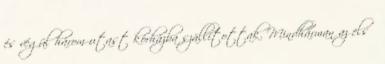
és végül három utast kórházba szállítottak. Mindhárman az első